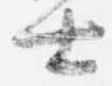
士